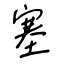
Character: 塞